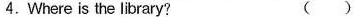
4.Where is the library? ()